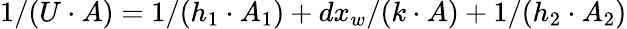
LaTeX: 1/(U\cdot A)=1/(h_{1}\cdot A_{1})+dx_{w}/(k\cdot A)+1/(h_{2}\cdot A_{2})